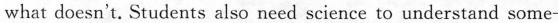
what doesn't. Students also need science to understand some-